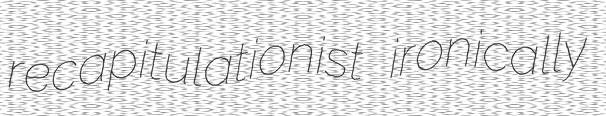
recapitulationist ironically